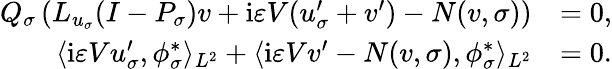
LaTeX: \begin{array}{rl}{Q_{\sigma}\left(L_{u_{\sigma}}(I-P_{\sigma})v+\mathrm{i}\varepsilon V(u_{\sigma}^{\prime}+v^{\prime})-N(v,\sigma)\right)}&{=0,}\\ {\langle\mathrm{i}\varepsilon Vu_{\sigma}^{\prime},\phi_{\sigma}^{*}\rangle_{L^{2}}+\langle\mathrm{i}\varepsilon Vv^{\prime}-N(v,\sigma),\phi_{\sigma}^{*}\rangle_{L^{2}}}&{=0.}\end{array}